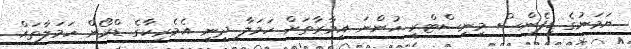
ޔަމަނުގެ ޑިފެންސް މިނިސްޓްރީ ހުންނަ އިމާރާތަށް ހަމަލާ ދިނީ އެމެރިކާގެ ޑްރޯން ހަމަލާތައް